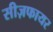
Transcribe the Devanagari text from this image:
सीज़फायर